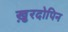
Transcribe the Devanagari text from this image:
ख़ुरदोपिन